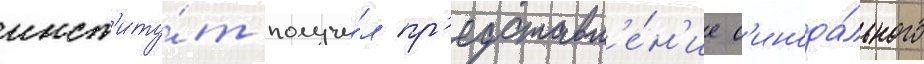
инст'иту́т получи́л пр'едставл'е́н'ие с'инода́льного